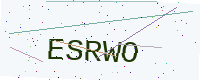
Text: ESRWO